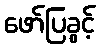
ဖော်ပြခွင့်